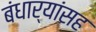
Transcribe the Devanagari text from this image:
बंधार्‍यांसह